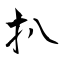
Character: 扒